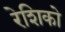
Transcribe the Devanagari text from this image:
रेशिको